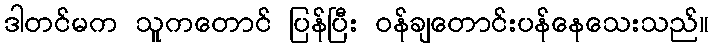
ဒါတင်မက သူကတောင် ပြန်ပြီး ဝန်ချတောင်းပန်နေသေးသည်။